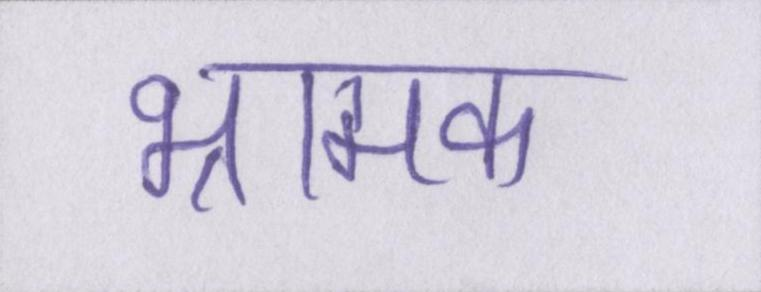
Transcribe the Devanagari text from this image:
भ्रामक